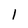
Character: 1